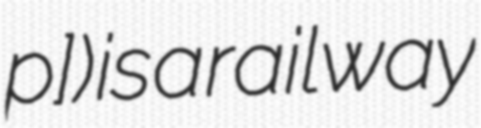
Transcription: pɔ̃]) is a railway